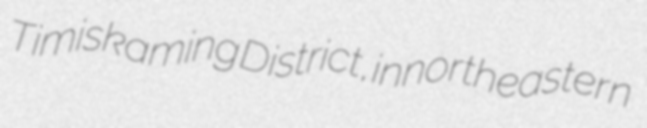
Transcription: Timiskaming District, in northeastern